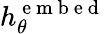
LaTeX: h_{\theta}^{\mathrm{~e~m~b~e~d~}}